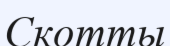
Скотты